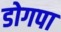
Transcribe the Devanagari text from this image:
डोगपा